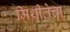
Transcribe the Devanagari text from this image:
मिथीलेचा